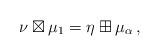
LaTeX: \begin{align*}\nu\boxtimes\mu_1=\eta\boxplus\mu_\alpha\,,\end{align*}